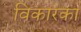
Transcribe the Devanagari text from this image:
विकारका